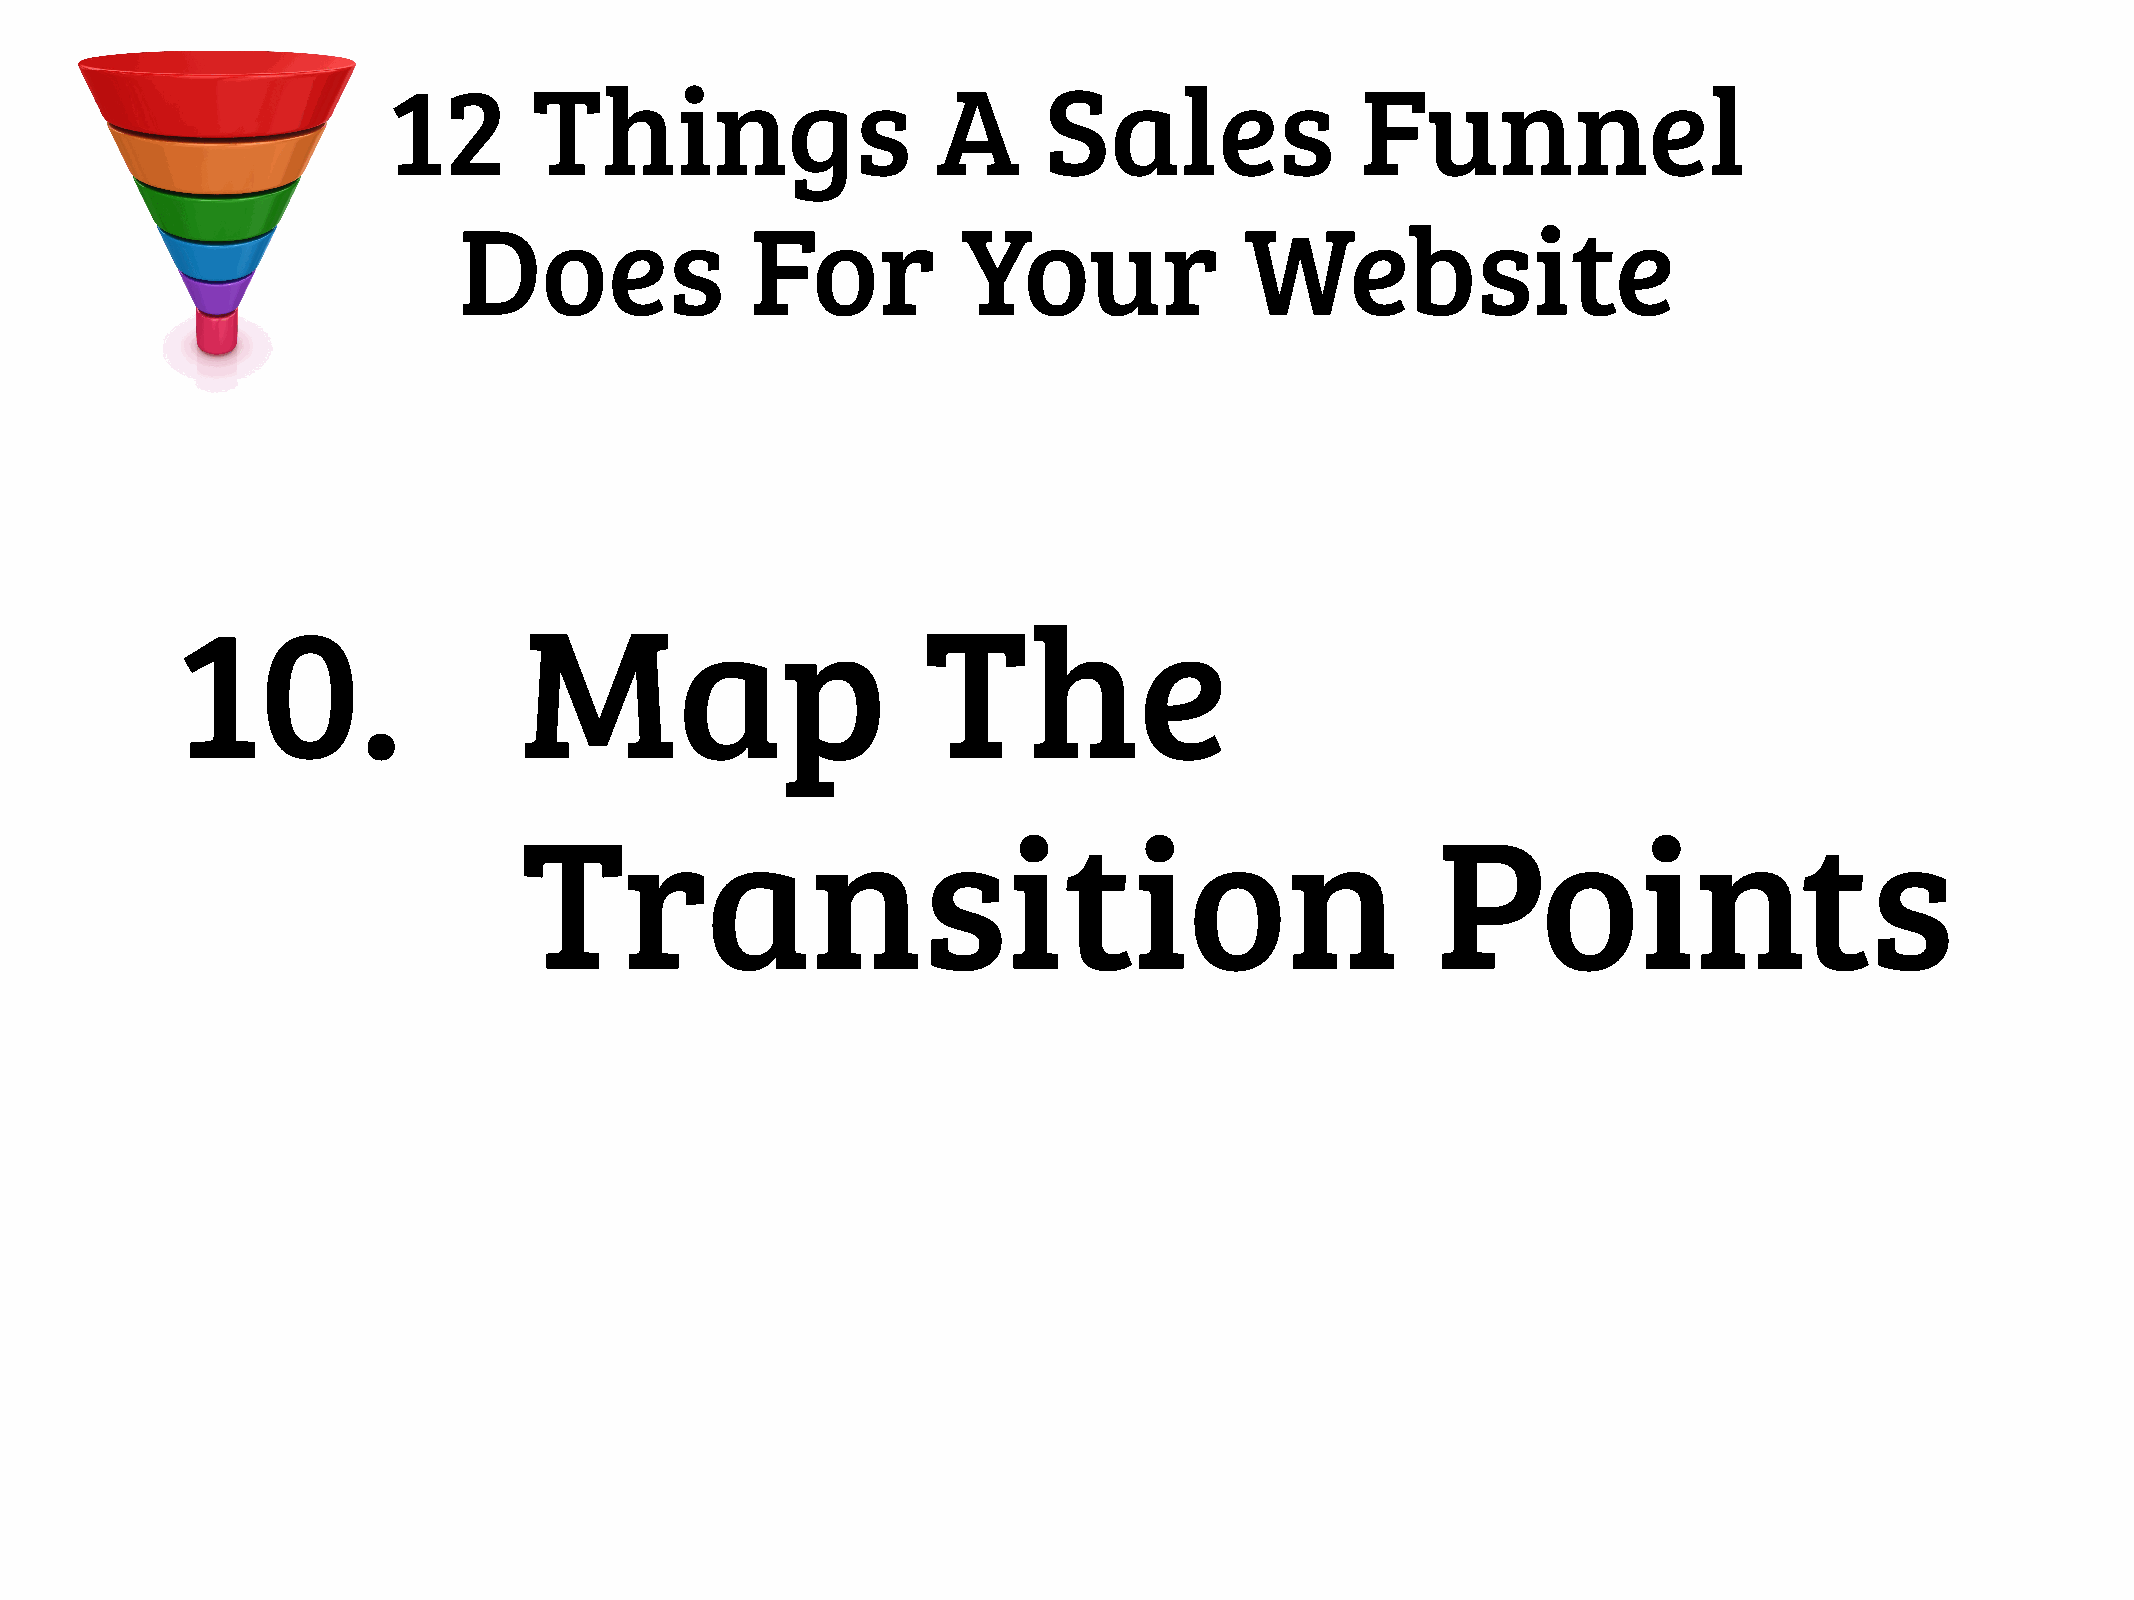
12       Things                     A      Sales                Funnel
 Does                For           Your              Website
 10.                   Map                        The
 Transition                                                   Points